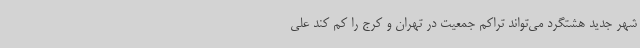
شهر جدید هشتگرد می‌تواند تراکم جمعیت در تهران و کرج را کم کند علی